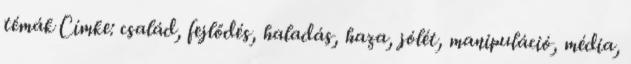
témák Címke: család, fejlődés, haladás, haza, jólét, manipuláció, média,